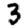
Digit: 3